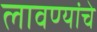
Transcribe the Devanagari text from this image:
लावण्यांचे